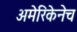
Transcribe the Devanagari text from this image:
अमेरिकेनेच